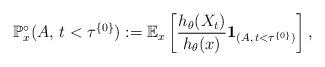
LaTeX: \begin{align*}\mathbb{P}^{\circ}_x(A, \, t<\tau^{\{0\}}):= \mathbb{E}_x\left[\frac{h_\theta(X_t)}{h_\theta(x)}\mathbf{1}_{(A, \, t<\tau^{\{0\}})}\right],\end{align*}